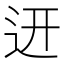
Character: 䢎